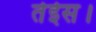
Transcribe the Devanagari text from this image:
तेईस।